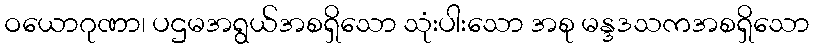
ဝယောဂုဏာ၊ ပဌမအရွယ်အစရှိသော သုံးပါးသော အစု မန္ဒဒသကအစရှိသော